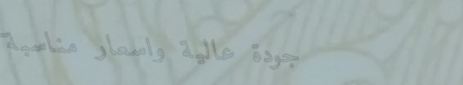
جودة عالية وأسعار مناسبة